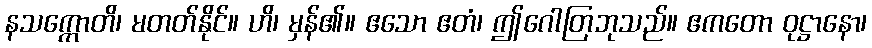
နသက္ကောတိ၊ မတတ်နိုင်။ ဟိ၊ မှန်၏။ ဧသော ဧတံ၊ ဤဂေါတြဘုသည်။ ဧကတော ဝုဋ္ဌာနော၊